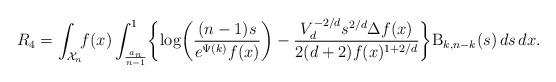
LaTeX: \begin{align*}R_4 = \int_{\mathcal{X}_n} \! \! f(x) \int_{\frac{a_n}{n-1}}^1 \biggl\{ \log \biggl( \frac{(n-1)s}{e^{\Psi(k)}f(x)} \biggr) - \frac{V_d^{-2/d}s^{2/d} \Delta f(x)}{2(d+2)f(x)^{1+2/d}} \biggr\} \mathrm{B}_{k,n-k}(s) \,ds \,dx.\end{align*}